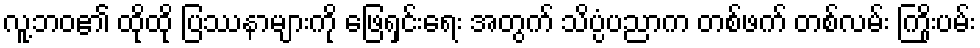
လူ့ဘဝ၏ ထိုထို ပြဿနာများကို ဖြေရှင်းရေး အတွက် သိပ္ပံပညာက တစ်ဖက် တစ်လမ်း ကြိုးပမ်း